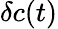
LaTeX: \delta c(t)